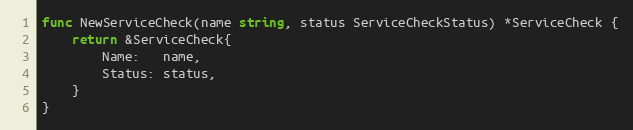
Language: Go
func NewServiceCheck(name string, status ServiceCheckStatus) *ServiceCheck {
	return &ServiceCheck{
		Name:   name,
		Status: status,
	}
}